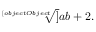
{ \sqrt [ [object Object] ] { a b + 2 } } .